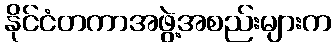
နိုင်ငံတကာအဖွဲ့အစည်းများက